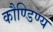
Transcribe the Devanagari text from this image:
कौण्डिण्य